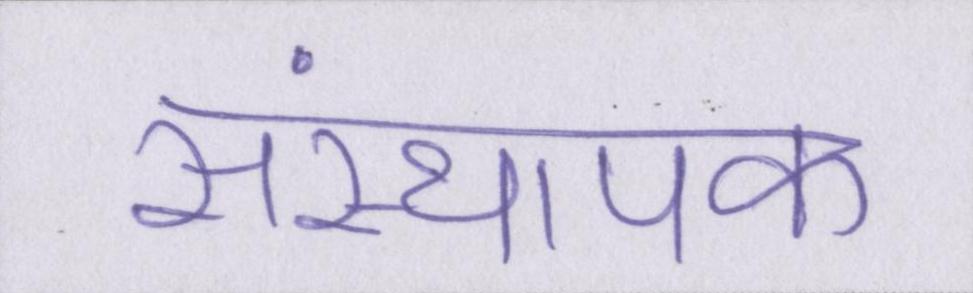
संस्थापक